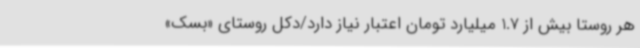
هر روستا بیش از 1.7 میلیارد تومان اعتبار نیاز دارد/دکل روستای «بسک»